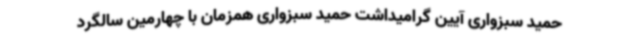
حمید سبزواری آیین گرامیداشت حمید سبزواری همزمان با چهارمین سالگرد